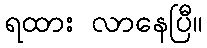
ရထား လာနေပြီ။